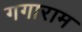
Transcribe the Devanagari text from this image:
गगाराम